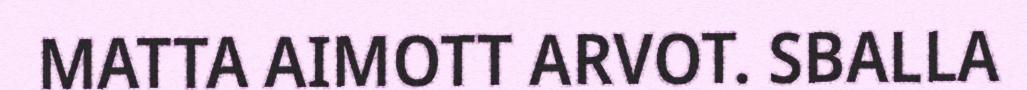
MATTA AIMOTT ARVOT. SBALLA